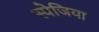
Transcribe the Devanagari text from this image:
स्पेजिया